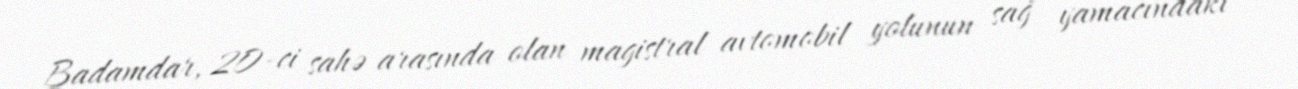
Badamdar, 20-ci sahə arasında olan magistral avtomobil yolunun sağ yamacındakı